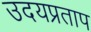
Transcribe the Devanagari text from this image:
उदयप्रताप